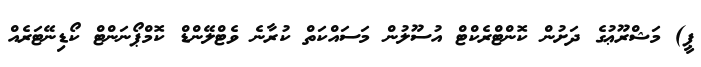
ޕީ) މަޝްރޫޢުގެ ދަށުން ކޮންޓްރެކްޓް އުސޫލުން މަސައްކަތް ކުރާނެ ވެޓްލޭންޑް ކޮމްޕޯނަންޓް ކޯޑިނޭޓަރެއް